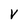
Character: V